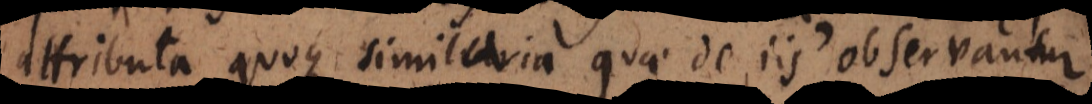
attributa quoque similaria quae de iis observantur